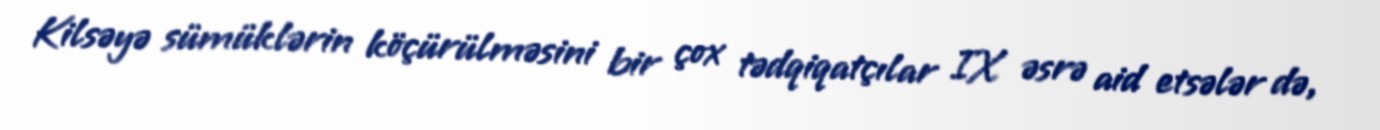
Kilsəyə sümüklərin köçürülməsini bir çox tədqiqatçılar IX əsrə aid etsələr də,